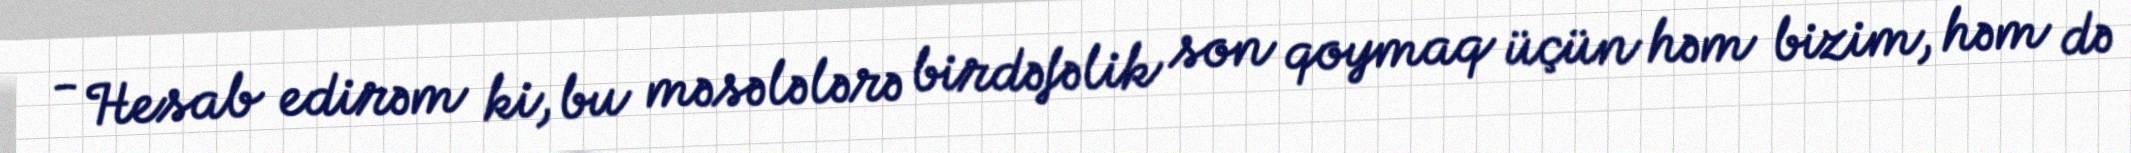
- Hesab edirəm ki, bu məsələlərə birdəfəlik son qoymaq üçün həm bizim, həm də